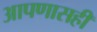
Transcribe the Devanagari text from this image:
आपणासही